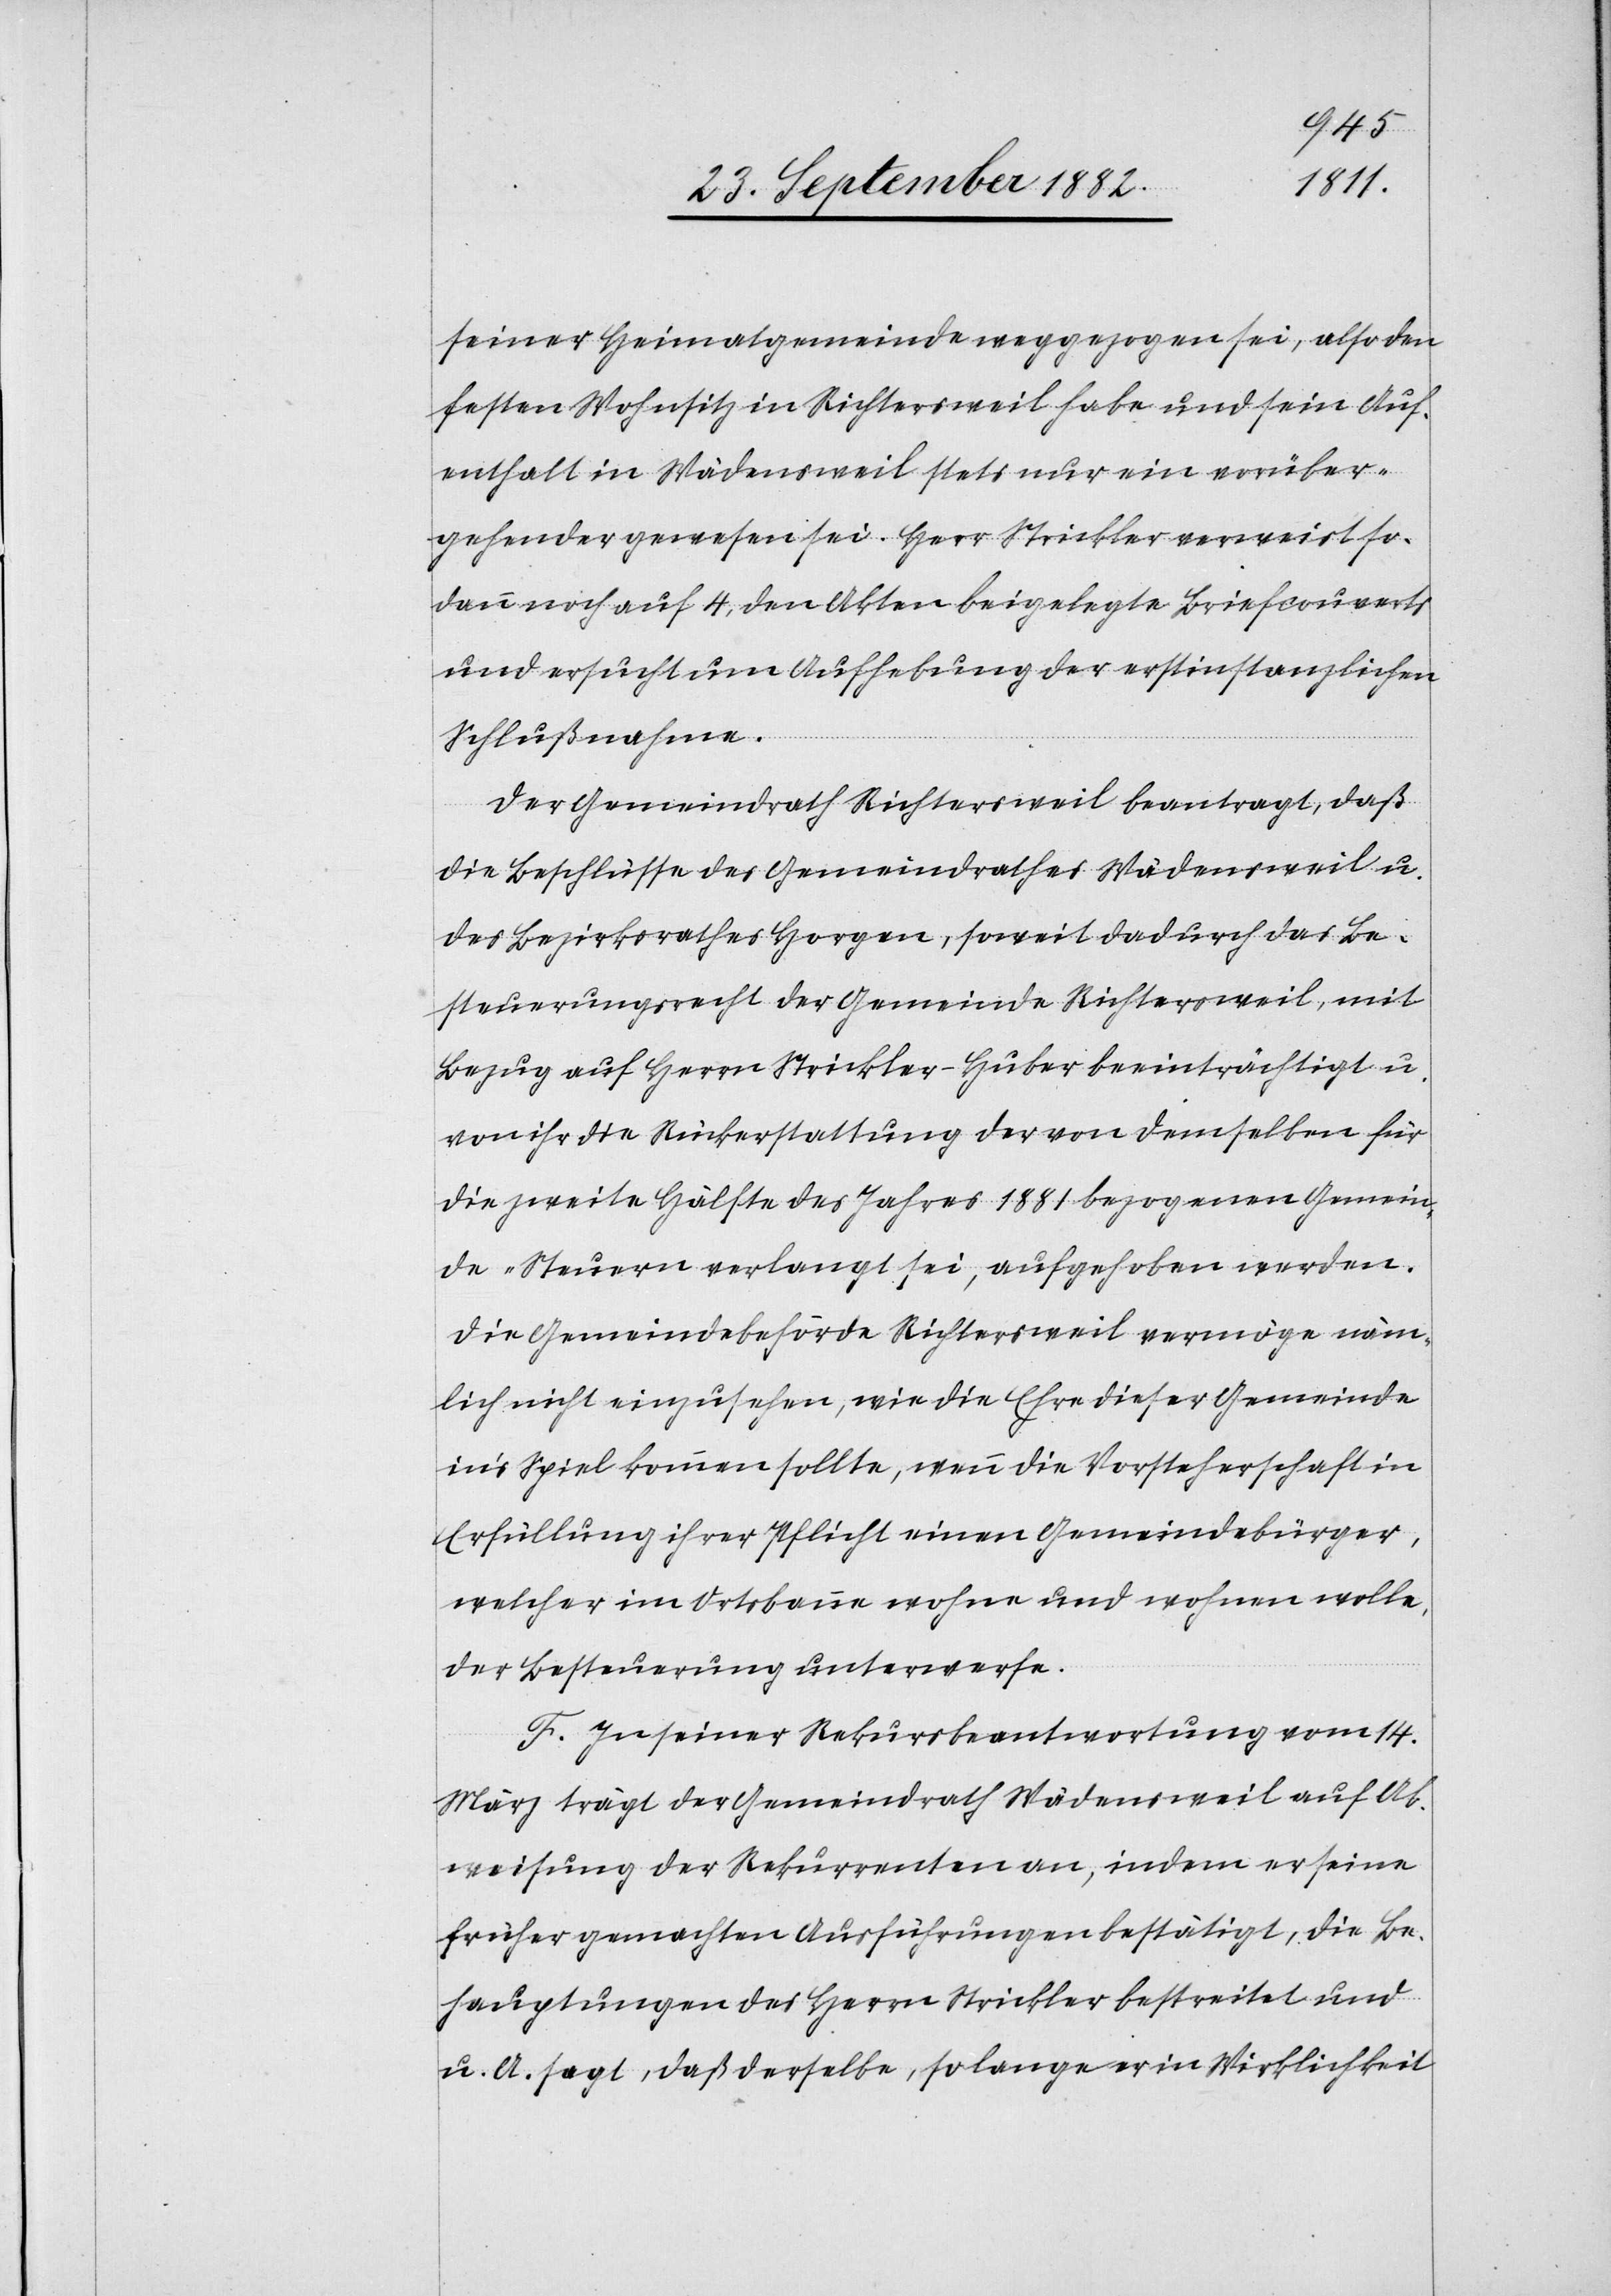
seiner Heimatgemeinde weggezogen sei, also den
festen Wohnsitz in Richtersweil habe und sein Auf¬
enthalt in Wädensweil stets nur ein vorüber¬
gehender gewesen sei. Herr Strickler verweist so¬
dann noch auf 4, den Akten beigelegte Briefcouverts
und ersucht um Aufhebung der erstinstanzlichen
Schlußnahme.
Der Gemeindrath Richtersweil beantragt, daß
die Beschlüsse des Gemeindrathes Wädensweil u.
des Bezirksrathes Horgen, soweit dadurch das Be¬
steuerungsrecht der Gemeinde Richtersweil mit
Bezug auf Herrn Strickler-Huber beeinträchtigt u.
von ihr die Rückerstattung der von demselben für
die zweite Hälfte des Jahres 1881 bezogenen Gemein¬
de-Steuern verlangt sei, aufgehoben werden.
Die Gemeindebehörde Richtersweil vermöge näm¬
lich nicht einzusehen, wie die Ehre dieser Gemeinde
in’s Spiel kommen sollte, wenn die Vorsteherschaft in
Erfüllung ihrer Pflicht einen Gemeindebürger,
welcher im Ortsbanne wohne und wohnen wolle,
der Besteuerung unterwerfe.
F. In seiner Rekursbeantwortung vom 14.
März trägt der Gemeindrath Wädensweil auf Ab¬
weisung der Rekurrenten an, indem er seine
früher gemachten Ausführungen bestätigt, die Be¬
hauptungen des Herrn Strickler bestreitet und
u. A. sagt, daß derselbe, so lange er in Wirklichkeit